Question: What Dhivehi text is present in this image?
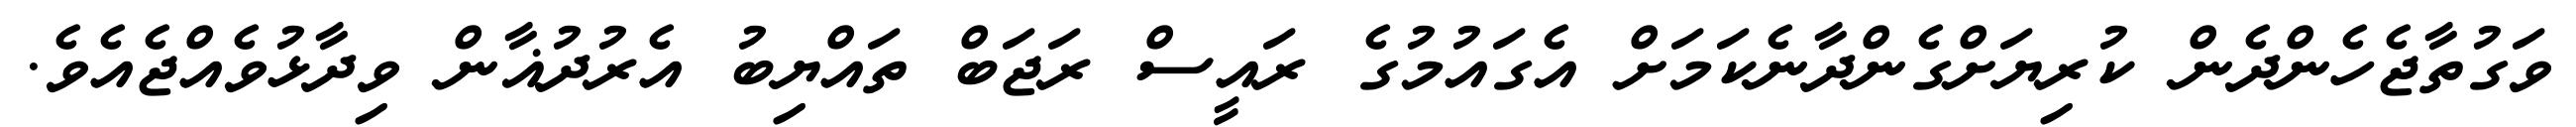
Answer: ވަގުތާޖެހެންދެން ކުރިޔަށްގެންދާނެކަމަށް އެގައުމުގެ ރައީސް ރަޖަބް ތައްޔިބު އެރުދުޣާން ވިދާޅުވެއްޖެއެވެ.